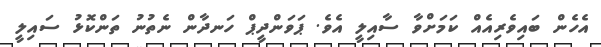
އެހެން ބައިވެރިއެއް ކަމަށްވާ ސާއިލީ އެވެ. ޕަވަންދީޕް ހަނދާން ނެތުނު ތަންކޮޅު ސައިލީ